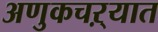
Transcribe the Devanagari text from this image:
अणुकचऱ्यात